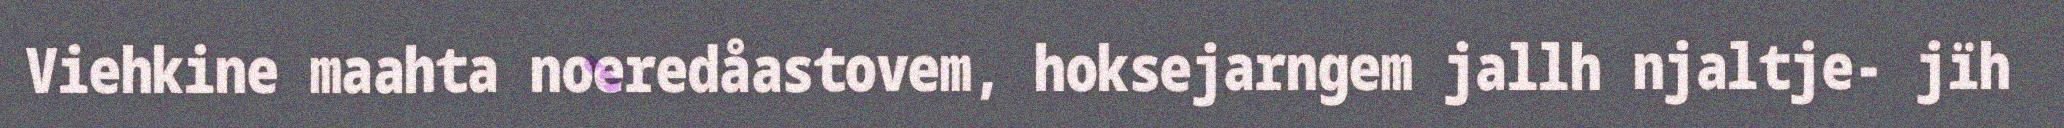
Viehkine maahta noeredåastovem, hoksejarngem jallh njaltje- jïh